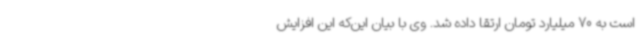
است به 70 میلیارد تومان ارتقا داده شد. وی با بیان این‌که این افزایش